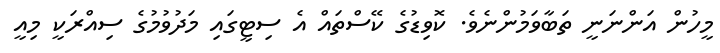
މީހުން އަންނަނީ ތަބާވަމުންނެވެ. ކޮވިޑުގެ ކޭސްތައް އެ ސިޓީގައި މަދުވުމުގެ ސިއްރަކީ މިއީ